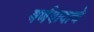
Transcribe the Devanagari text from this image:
वर्णवादाचे